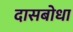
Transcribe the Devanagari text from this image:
दासबोधा